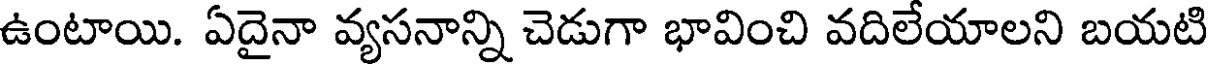
ఉంటాయి. ఏదైనా వ్యసనాన్ని చెడుగా భావించి వదిలేయాలని బయటి